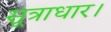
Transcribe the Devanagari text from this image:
सूत्राधार।